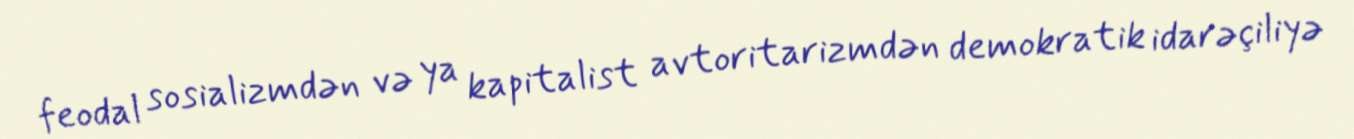
feodal sosializmdən və ya kapitalist avtoritarizmdən demokratik idarəçiliyə